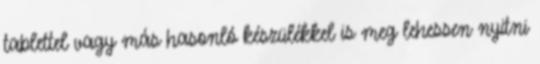
tablettel vagy más hasonló készülékkel is meg lehessen nyitni